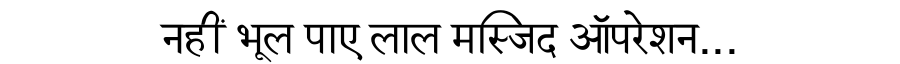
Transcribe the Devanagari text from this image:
नहीं भूल पाए लाल मस्जिद ऑपरेशन...